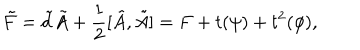
\tilde { F } = \tilde { d } \tilde { A } + \frac { 1 } { 2 } [ \tilde { A } , \tilde { A } ] = F + t ( \psi ) + t ^ { 2 } ( \phi ) ,